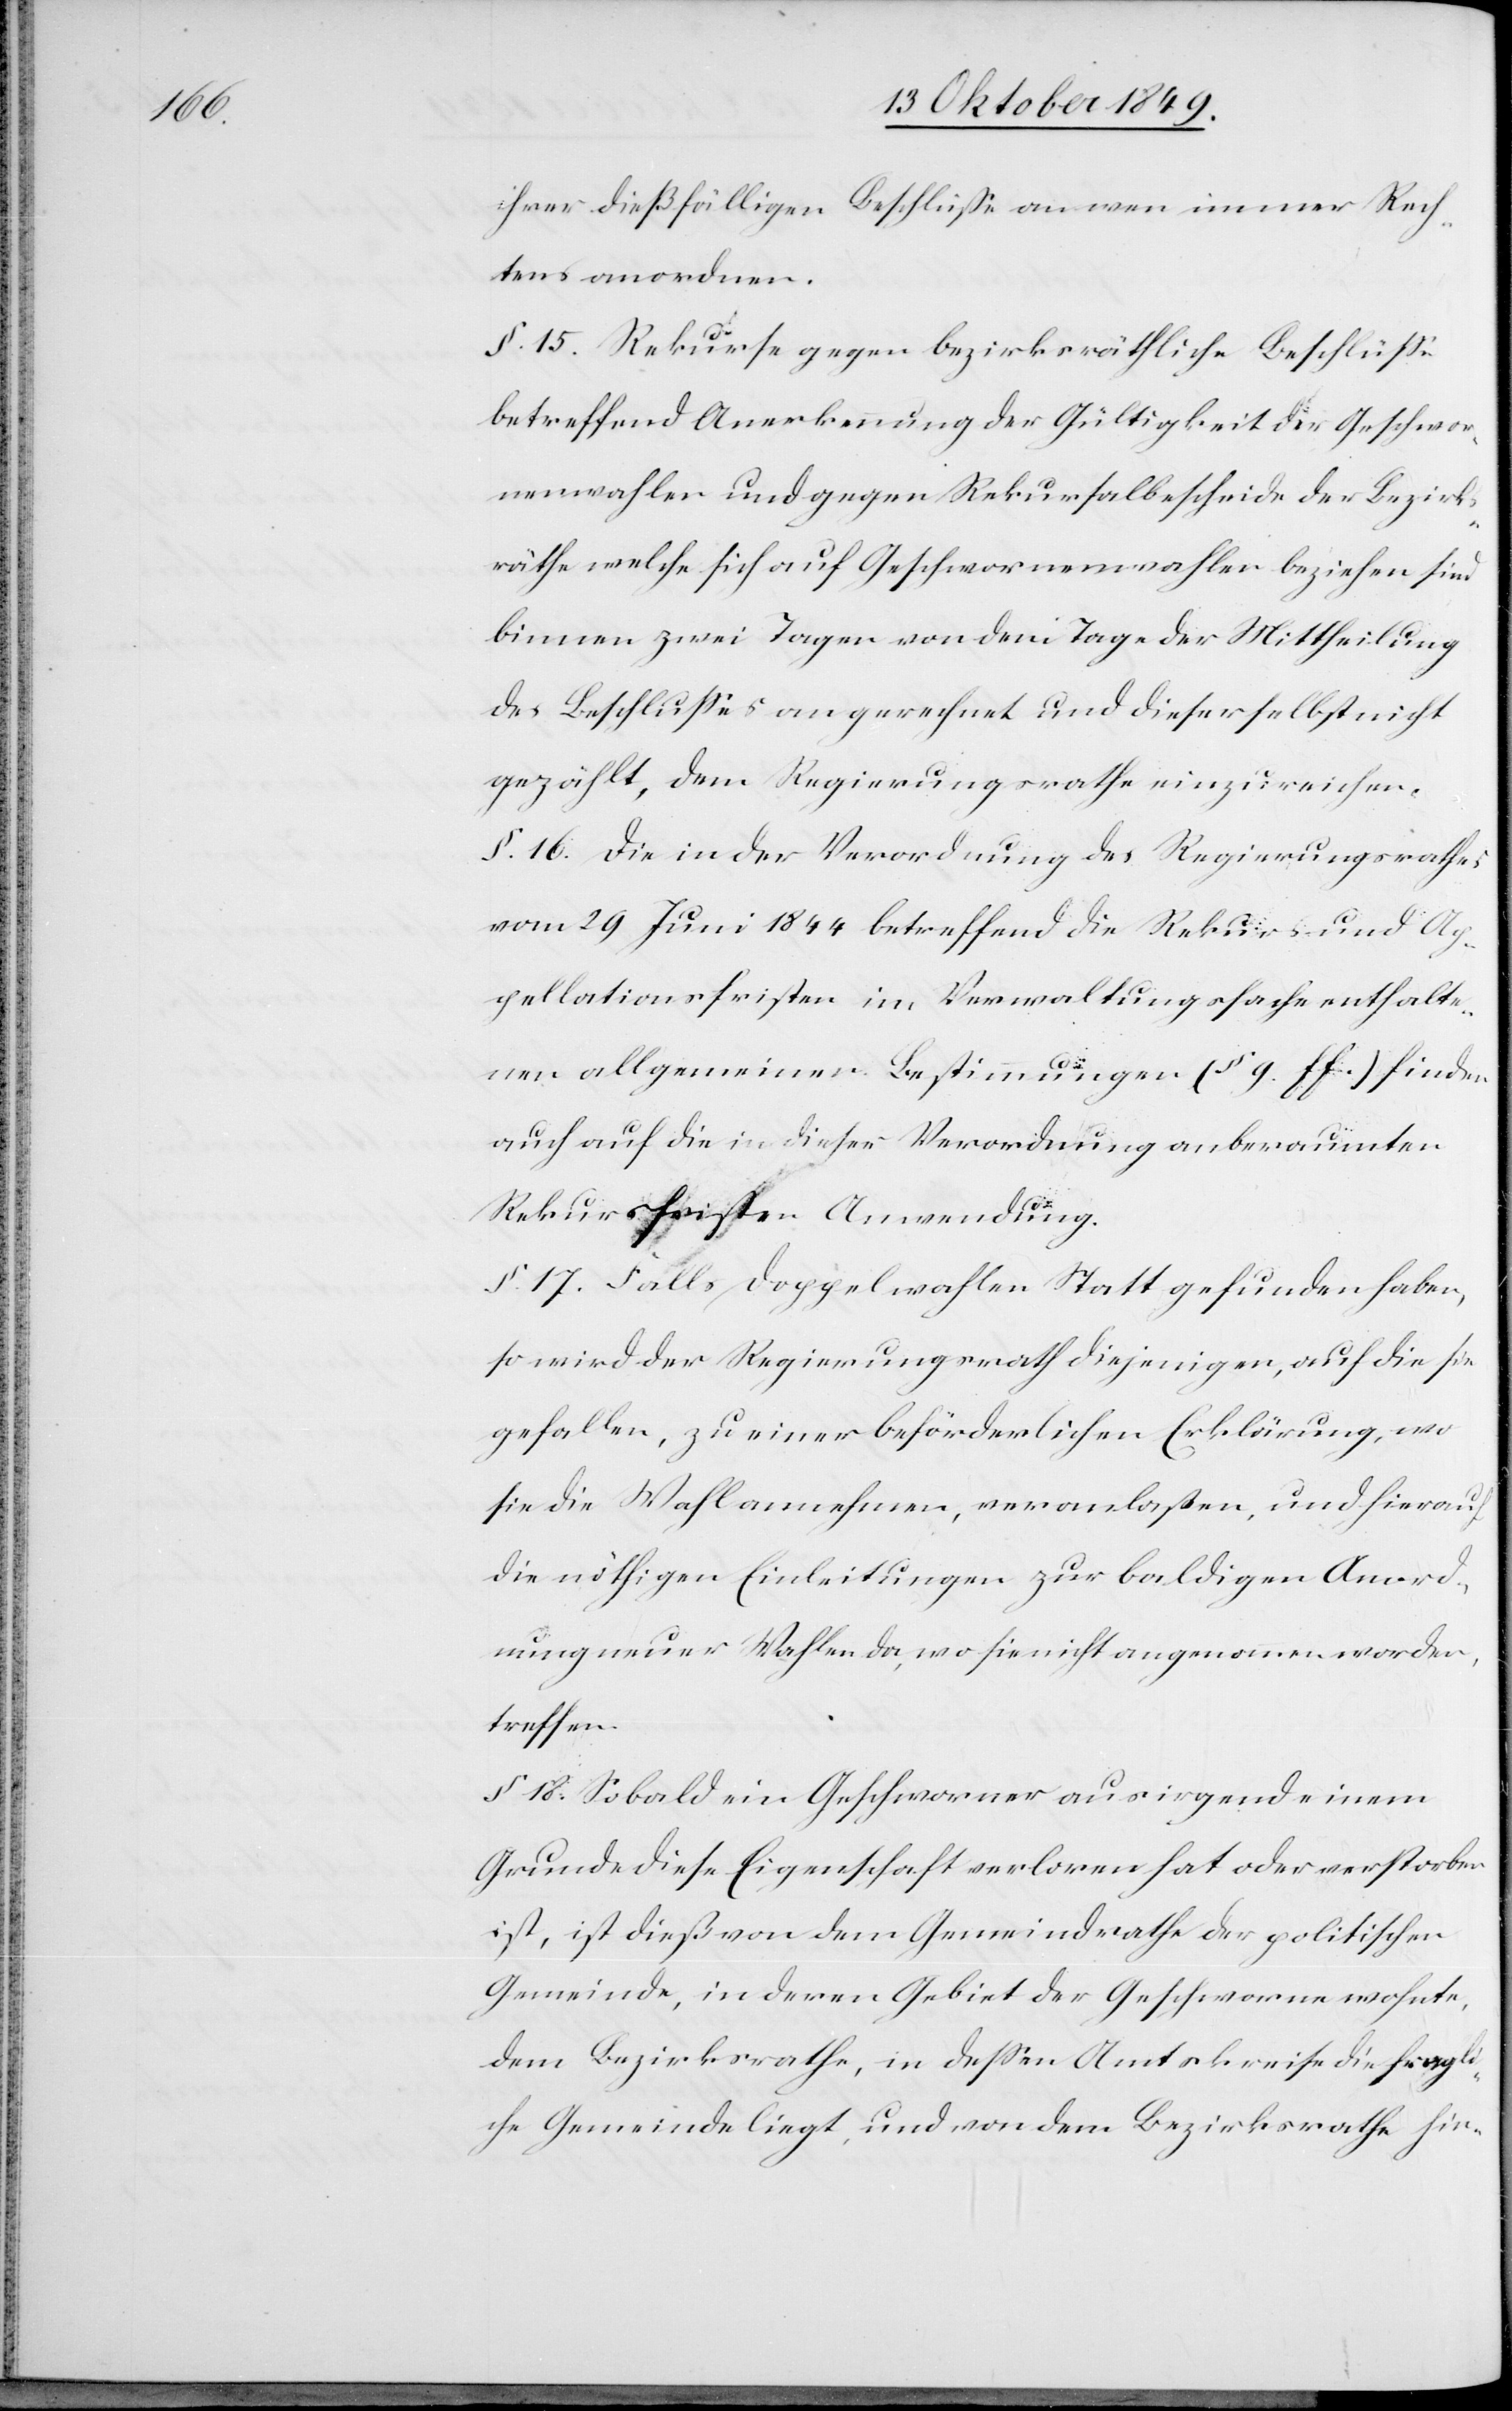
ihrer dießfälligen Beschlüße an wen immer Rech¬
tens anordnen.
§ 15. Rekurse gegen bezirksräthliche Beschlüße
betreffend Anerkennung der Gültigkeit der Geschwor¬
enenwahlen und gegen Rekursalbescheide der Bezirks¬
räthe welche sich auf Geschworenenwahlen beziehen sind
binnen zwei Tagen von dem Tage der Mittheilung
des Beschlußes an gerechnet und dieser selbst nicht
gezählt, dem Regierungsrathe einzureichen.
§ 16. Die in der Verordnung des Regierungsrathes
vom 29 Juni 1844 betreffend den Rekurs und Ap¬
pellationsfristen im Verwaltungsfache enthalte¬
nen allgemeinen Bestimmungen (§ 9 ff.) finden
auch auf die in dieser Verordnung anberaumten
Rekursfristen Anwendung.
§ 17. Falls Doppelwahlen Statt gefunden haben,
so wird der Regierungsrath diejenigen, auf die sie
gefallen, zu einer beförderlichen Erklärung, wo
sie die Wahl annehmen, veranlaßen, und hierauf
die nöthigen Einleitungen zur baldigen Anord¬
nung neuer Wahlen da, wo sie nicht angenommen worden,
treffen.
§ 18. Sobald ein Geschworener aus irgend einem
Grunde diese Eigenschaft verloren hat oder verstorben
ist, ist dieß von dem Gemeindrathe der politischen
Gemeinde, in deren Gebiet der Geschworene wohnte,
dem Bezirksrathe, in deßen Amtskreise die fragli¬
che Gemeinde liegt, und von dem Bezirksrathe hin-